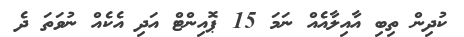
ކުދިން ތިބި އާއިލާއެއް ނަމަ 15 ޕޮއިންޓް އަދި އެކެއް ނުވަތަ ދެ